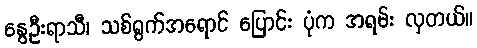
နွေဦးရာသီ၊ သစ်ရွက်အရောင် ပြောင်း ပုံက အရမ်း လှတယ်။